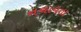
નચાવતા